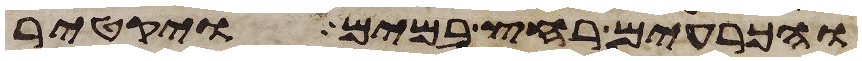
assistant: והכרעים רחץ במים ויקטר